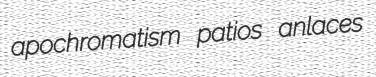
apochromatism patios anlaces